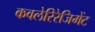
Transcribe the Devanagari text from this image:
कवलेरिरेजिमेंट